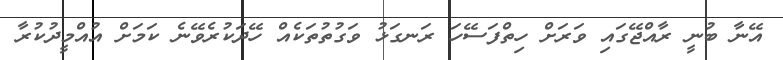
އޭނާ ބުނީ ރާއްޖޭގައި ވަރަށް ހިތްފަސޭހަ ރަނގަޅު ވަގުތުތަކެއް ހޭދަކުރެވޭނެ ކަމަށް އުއްމީދުކުރާ